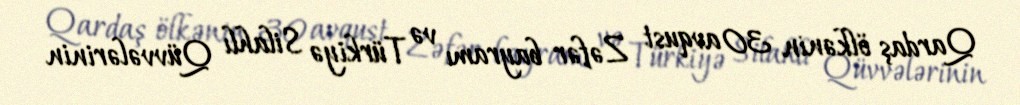
Qardaş ölkənin 30 avqust Zəfər bayramı və Türkiyə Silahlı Qüvvələrinin